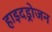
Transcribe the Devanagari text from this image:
हाइदड्रोजन